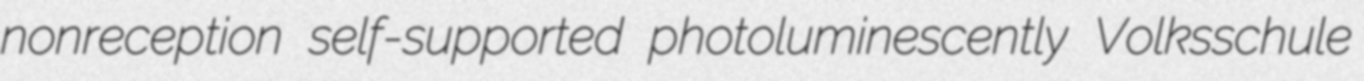
nonreception self-supported photoluminescently Volksschule